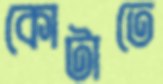
কোটাতে